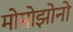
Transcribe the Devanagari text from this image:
मोमोझोनो